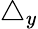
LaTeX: \triangle_{y}